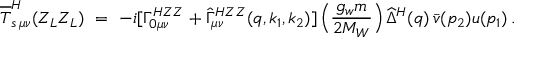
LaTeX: \overline { { { { \cal T } } } } _ { s \, \mu \nu } ^ { H } ( Z _ { L } Z _ { L } ) \ = \ - i [ \Gamma _ { 0 \mu \nu } ^ { H Z Z } + \widehat { \Gamma } _ { \mu \nu } ^ { H Z Z } ( q , k _ { 1 } , k _ { 2 } ) ] \, \Big ( \frac { g _ { w } m } { 2 M _ { W } } \Big ) \, \widehat { \Delta } ^ { H } ( q ) \, \bar { v } ( p _ { 2 } ) u ( p _ { 1 } ) \, .